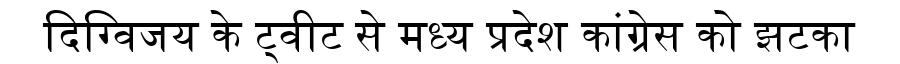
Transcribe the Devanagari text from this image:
दिग्विजय के ट्वीट से मध्य प्रदेश कांग्रेस को झटका